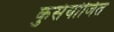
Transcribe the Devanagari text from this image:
कुसंयोजित